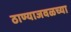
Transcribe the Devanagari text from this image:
ठाण्याजवळच्या